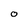
Character: O